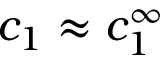
c _ { 1 } \approx c _ { 1 } ^ { \infty }